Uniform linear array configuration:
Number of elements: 24
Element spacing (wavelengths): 0.75
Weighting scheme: exponential
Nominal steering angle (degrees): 15
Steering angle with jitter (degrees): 15.712
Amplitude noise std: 0.05
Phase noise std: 0.05

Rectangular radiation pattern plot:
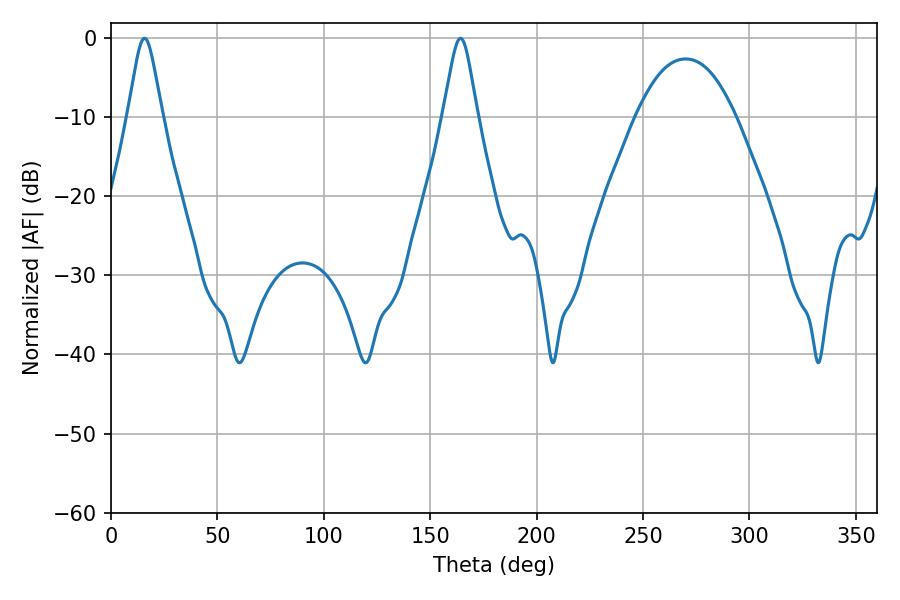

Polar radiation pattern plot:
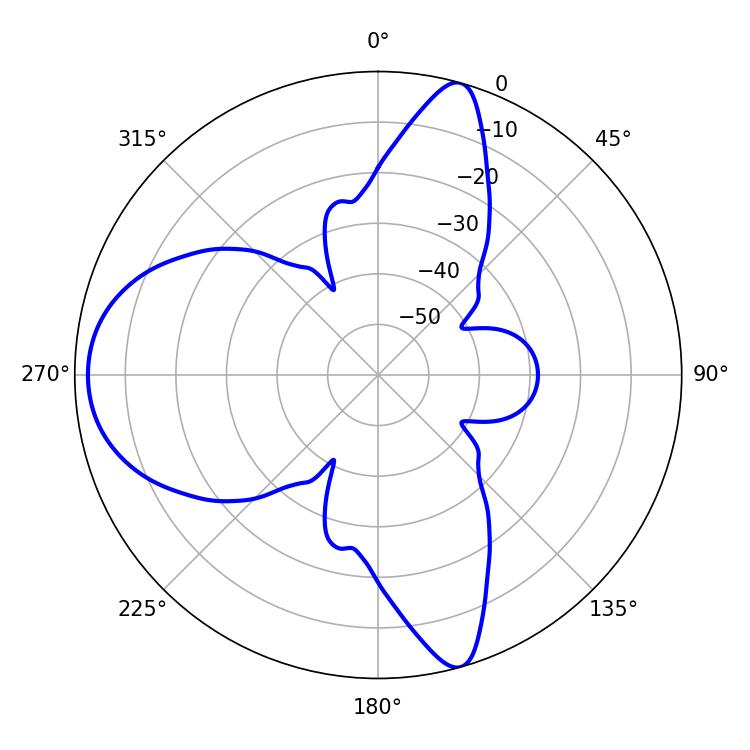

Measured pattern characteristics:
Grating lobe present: TRUE
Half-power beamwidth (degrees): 7.74
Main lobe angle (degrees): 15.84